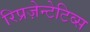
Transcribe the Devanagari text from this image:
रिप्रज़ेन्टेटिव्स